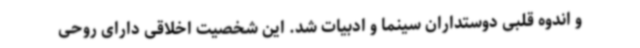
و اندوه قلبی دوستداران سینما و ادبیات شد. این شخصیت اخلاقی دارای روحی